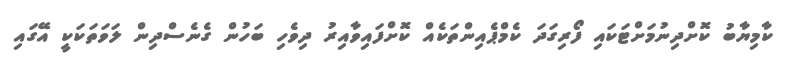
ކާމިޔާބު ކޮށްދިނުމަށްޓަކައި ފޯރިގަދަ ކެމްޕެއިންތަކެއް ކޮށްފައިވާއިރު ދިވެހި ބަހުން ގެނެސްދިން ލަވަތަކަކީ އޭގައި